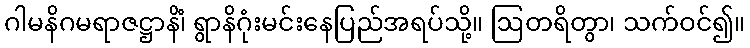
ဂါမနိဂမရာဇဋ္ဌာနိံ၊ ရွာနိဂုံးမင်းနေပြည်အရပ်သို့။ ဩတရိတွာ၊ သက်ဝင်၍။